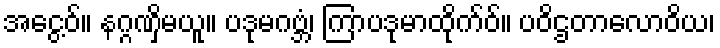
အငွေ့ဝ်။ နဂ္ဂဏှိမယူ။ ပဒုမဂဗ္ဘံ၊ ကြာပဒုမာထိုက်ဝ်။ ပဝိဌတာလောဝိယ၊